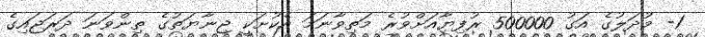
1- މުދަލުގެ އަގު 500000 ރުފިޔާއަށްވުރެ މަތިވާނަމަ އެކުށަކީ ޖިނާޔަތުގެ ތިންވަނަ ދަރަޖައިގެ